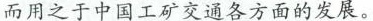
而用之于中国工矿交通各方面的发展。